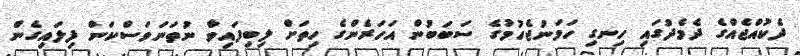
ދެކުއްޖެއްގެ ދެމެދުގައި ހިނގި ހަމަނުޖެހުމުގެ ސަބަބުން އަހަރެންގެ ހިތަށް ލިބިފައިވާ ނުތަނަވަސްކަން ފިލައިގެން